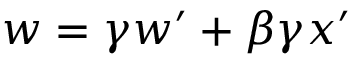
w = \gamma w ^ { \prime } + \beta \gamma x ^ { \prime }